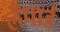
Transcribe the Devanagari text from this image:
लँपार्ड